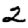
Digit: 2